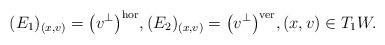
LaTeX: \begin{gather*}(E_1)_{(x, v)} = \big(v^\perp\big)^{\rm{hor}}, (E_2)_{(x, v)} =\big(v^\perp\big)^{\rm{ver}}, (x, v) \in T_1W.\end{gather*}